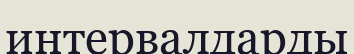
интервалдарды